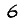
Digit: 6